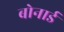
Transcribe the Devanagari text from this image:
बोनार्ड